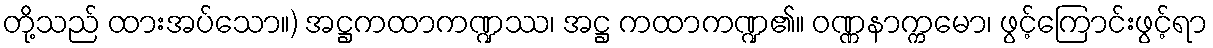
တို့သည် ထားအပ်သော။) အဋ္ဌကထာကဏ္ဍဿ၊ အဋ္ဌ ကထာကဏ္ဍ၏။ ဝဏ္ဏနာက္ကမော၊ ဖွင့်ကြောင်းဖွင့်ရာ